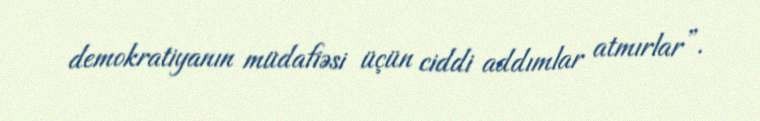
demokratiyanın müdafiəsi üçün ciddi addımlar atmırlar”.